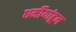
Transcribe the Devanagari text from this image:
धर्मीयांहून